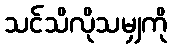
သင်သိလိုသမျှကို